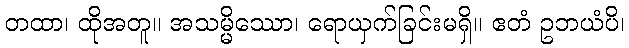
တထာ၊ ထိုအတူ။ အသမ္မိဿော၊ ရောယှက်ခြင်းမရှိ။ ဧတံ ဥဘယံပိ၊